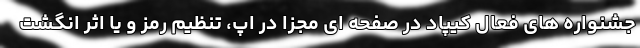
جشنواره های فعال کیپاد در صفحه ای مجزا در اپ، تنظیم رمز و یا اثر انگشت